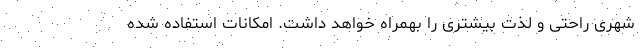
شهری راحتی و لذت بیشتری را بهمراه خواهد داشت. امکانات استفاده شده